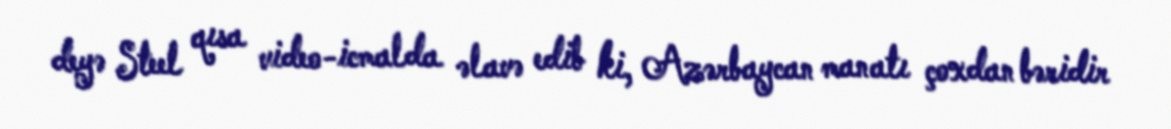
deyə Steel qısa video-icmalda əlavə edib ki, Azərbaycan manatı çoxdan bəridir